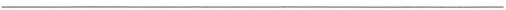
___